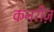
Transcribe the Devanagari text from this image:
कनरीज़